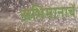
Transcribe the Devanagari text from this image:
अभिमानाचें